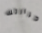
حرارتك